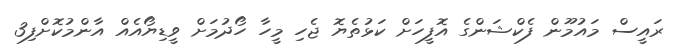
ރައީސް މައުމޫން ފެކްޝަންގެ އޮފީހަށް ކަޅުތެޔޮ ޖެހި މީހާ ހޯދުމަށް ވީޑިޔޯއެއް އާންމުކޮށްފި3